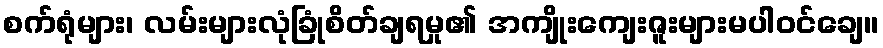
စက်ရုံများ၊ လမ်းများလုံခြုံစိတ်ချရမှု၏ အကျိုးကျေးဇူးများမပါဝင်ချေ။